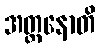
အတ္တနောတိ